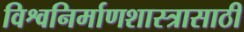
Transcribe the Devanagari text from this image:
विश्वनिर्माणशास्त्रासाठी